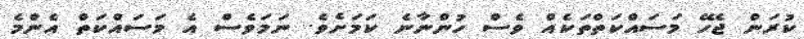
ކުރަން ޖެހޭ މަސައްކަތްތަކެއް ވެސް ހުންނާނެ ކަމަށެވެ. ނަމަވެސް އެ މަސައްކަތް އެންމެ